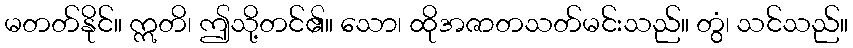
မတတ်နိုင်။ ဣတိ၊ ဤသို့တင်၏။ သော၊ ထိုအဇာတသတ်မင်းသည်။ တွံ၊ သင်သည်။